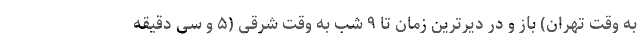
به وقت تهران) باز و در دیرترین زمان تا ۹ شب به وقت شرقی (۵ و سی دقیقه